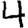
Digit: 4